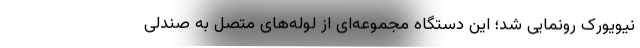
نیویورک رونمایی شد؛ این دستگاه مجموعه‌ای از لوله‌های متصل به صندلی